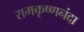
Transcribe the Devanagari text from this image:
रामकृष्णनंदा